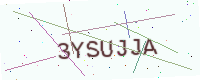
Text: 3YSUJJA